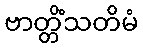
ဗာတ္တိံသတိမံ